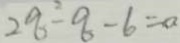
2 q ^ { 2 } - q - 6 = 0